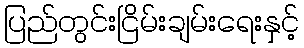
ပြည်တွင်းငြိမ်းချမ်းရေးနှင့်